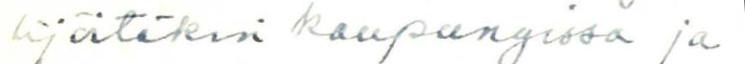
lijöitäkin kaupungissa ja